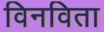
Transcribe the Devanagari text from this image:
विनविता